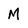
Character: M